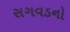
સગવડનો